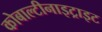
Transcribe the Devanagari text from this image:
कोबाल्टीनाइट्राइट